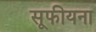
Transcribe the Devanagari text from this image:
सूफीयना